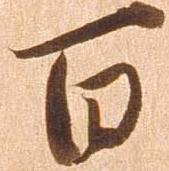
百